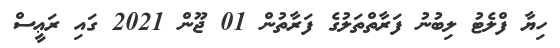
ހިޔާ ފްލެޓު ލިބުނު ފަރާތްތަލުގެ ފަރާތުން 01 ޖޫން 2021 ގައި ރަޢީސް